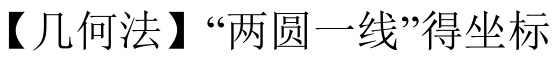
【几何法】“两圆一线”得坐标